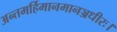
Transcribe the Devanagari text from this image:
अन्तमर्हिमानमानञ्जधीरः।